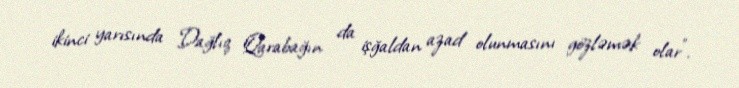
ikinci yarısında Dağlıq Qarabağın da işğaldan azad olunmasını gözləmək olar”.